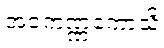
အဝကဏ္ဏကောသိ